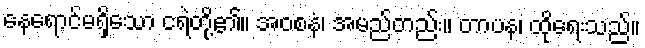
နေရောင်မရှိသော ငရဲတို့၏။ အဝစနံ၊ အမည်တည်း။ တာပန၊ ထိုရေးသည်။